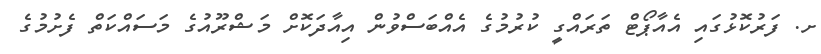
ށ. ފަރުކޮޅުގައި އެއާޕޯޓް ތަރައްގީ ކުރުމުގެ އެއްބަސްވުން އިއާދަކޮށް މަޝްރޫއުގެ މަސައްކަތް ފެށުމުގެ